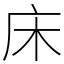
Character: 床